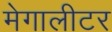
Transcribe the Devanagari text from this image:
मेगालीटर